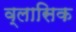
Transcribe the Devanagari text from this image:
व्लासिक